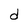
Character: d